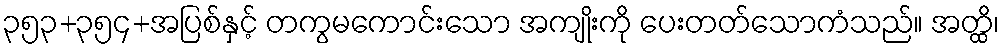
၃၅၃+၃၅၄+အပြစ်နှင့် တကွမကောင်းသော အကျိုးကို ပေးတတ်သောကံသည်။ အတ္ထိ၊